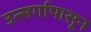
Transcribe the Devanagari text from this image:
उत्सर्गापासून